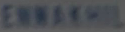
E軸螺栓K50M